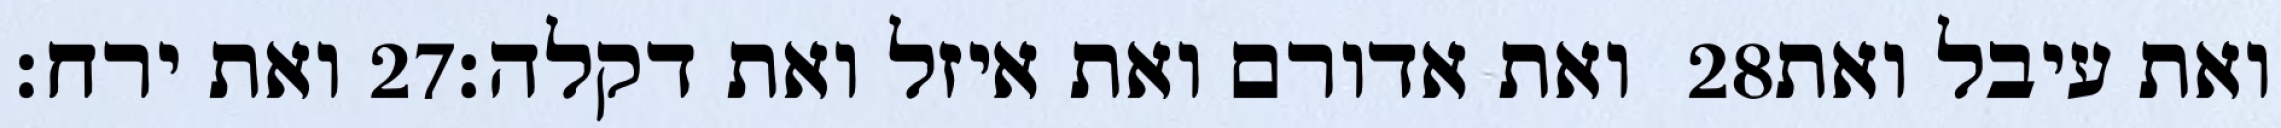
ואת ירח׃ ‎27‏ ואת אדורם ואת איזל ואת דקלה׃ ‎28‏ ואת עיבל ואת